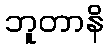
ဘူတာနိ